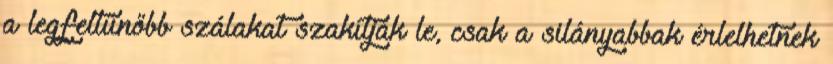
a legfeltűnőbb szálakat szakítják le, csak a silányabbak érlelhetnek